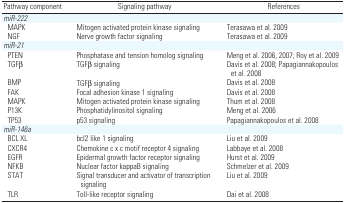
<table><thead><tr><td><b>Pathway component</b></td><td><b>Signaling pathway</b></td><td><b>References</b></td></tr></thead><tbody><tr><td colspan="3"><i>miR-222</i></td></tr><tr><td> MAPK</td><td>Mitogen activated protein kinase signaling</td><td>Terasawa et al. 2009</td></tr><tr><td> NGF</td><td>Nerve growth factor signaling</td><td>Terasawa et al. 2009</td></tr><tr><td colspan="3"><i>miR-21</i></td></tr><tr><td> PTEN</td><td>Phosphatase and tension homolog signaling</td><td>Meng et al. 2006, 2007; Roy et al. 2009</td></tr><tr><td> TGFβ</td><td>TGFβ signaling</td><td>Davis et al. 2008; Papagiannakopoulos et al. 2008</td></tr><tr><td> BMP</td><td>TGFβ signaling</td><td>Davis et al. 2008</td></tr><tr><td> FAK</td><td>Focal adhesion kinase 1 signaling</td><td>Davis et al. 2008</td></tr><tr><td> MAPK</td><td>Mitogen activated protein kinase signaling</td><td>Thum et al. 2008</td></tr><tr><td> P13K</td><td>Phosphatidylinositol signaling</td><td>Meng et al. 2006</td></tr><tr><td> TP53</td><td>p53 signaling</td><td>Papagiannakopoulos et al. 2008</td></tr><tr><td colspan="3"><i>miR-146a</i></td></tr><tr><td> BCL XL</td><td>bcl2 like 1 signaling</td><td>Liu et al. 2009</td></tr><tr><td> CXCR4</td><td>Chemokine c x c motif receptor 4 signaling</td><td>Labbaye et al. 2008</td></tr><tr><td> EGFR</td><td>Epidermal growth factor receptor signaling</td><td>Hurst et al. 2009</td></tr><tr><td> NFKB</td><td>Nuclear factor kappaB signaling</td><td>Schmelzer et al. 2009</td></tr><tr><td> STAT</td><td>Signal transducer and activator of transcription signaling</td><td>Liu et al. 2009</td></tr><tr><td> TLR</td><td>Toll-like receptor signaling</td><td>Dai et al. 2008</td></tr></tbody></table>